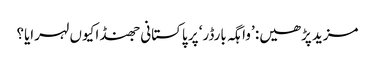
مزید پڑھیں: ’واہگہ بارڈر‘ پر پاکستانی جھنڈا کیوں لہرایا؟